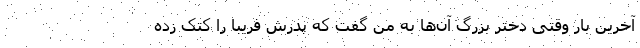
آخرین بار وقتی دختر بزرگ آن‌ها به من گفت که پدرش فریبا را کتک زده